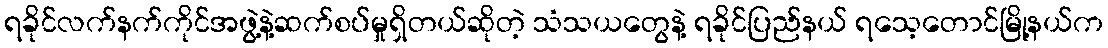
ရခိုင်လက်နက်ကိုင်အဖွဲ့နဲ့ဆက်စပ်မှုရှိတယ်ဆိုတဲ့ သံသယတွေနဲ့ ရခိုင်ပြည်နယ် ရသေ့တောင်မြို့နယ်က